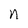
Character: n